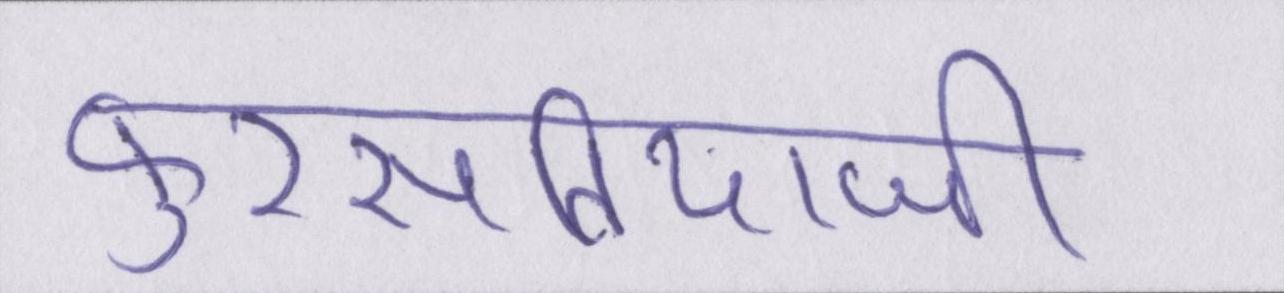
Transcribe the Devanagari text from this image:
फुरसतियाजी